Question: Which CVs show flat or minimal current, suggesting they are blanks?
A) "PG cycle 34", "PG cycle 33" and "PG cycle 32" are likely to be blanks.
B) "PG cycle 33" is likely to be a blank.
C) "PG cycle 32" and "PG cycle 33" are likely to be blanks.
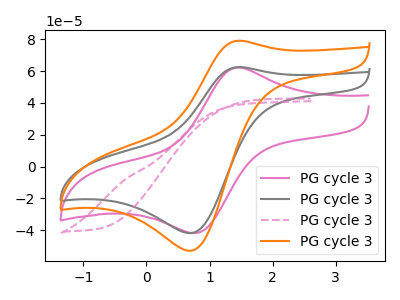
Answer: <think>The pink curve "PG cycle 31" has an anodic peak at (1.45V, 62.10uA) and a cathodic peak at (0.75V, -41.75uA). The gray curve "PG cycle 32" has an anodic peak at (1.45V, 62.45uA) and a cathodic peak at (0.70V, -41.70uA). The pink dashed curve "PG cycle 33" has no peaks. The orange curve "PG cycle 34" has an anodic peak at (1.45V, 79.05uA) and a cathodic peak at (0.70V, -52.75uA).</think>
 <answer>B) "PG cycle 33" is likely to be a blank.</answer>
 <eval>B</eval>